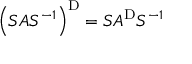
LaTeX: \left( S A S ^ { - 1 } \right) ^ { \mathrm { D } } = S A ^ { \mathrm { D } } S ^ { - 1 }